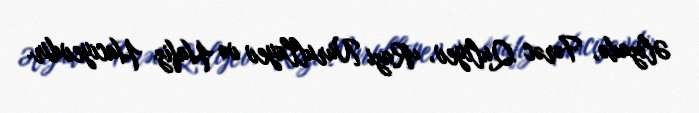
Əlizadə, Fərəc Quliyev, Razi Nurullayev və Hafiz Hacıyevdir.